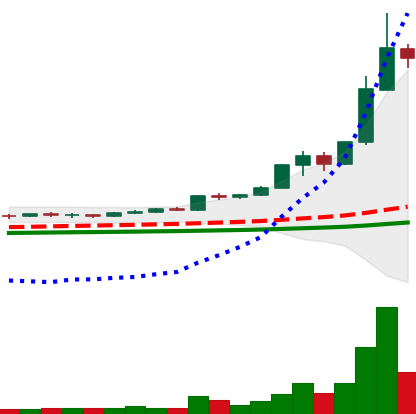
Ticker: BNB-USD
Chart end date: 2021-02-11
Forward return: 4.518%
Label: up_3_5